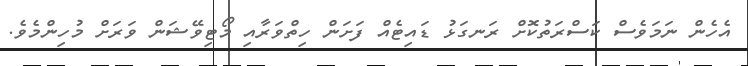
އެހެން ނަމަވެސް ކަސްރަތުކޮށް ރަނގަޅު ޑައިޓެއް ފަށަން ހިތްވަރާއި މޯޓިވޭޝަން ވަރަށް މުހިންމެވެ.